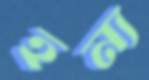
হন্য